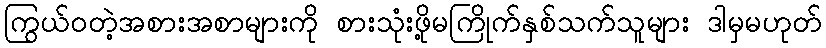
ကြွယ်ဝတဲ့အစားအစာများကို စားသုံးဖို့မကြိုက်နှစ်သက်သူများ ဒါမှမဟုတ်